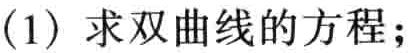
(1) 求双曲线的方程;